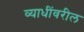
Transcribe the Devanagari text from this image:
व्याधींवरील